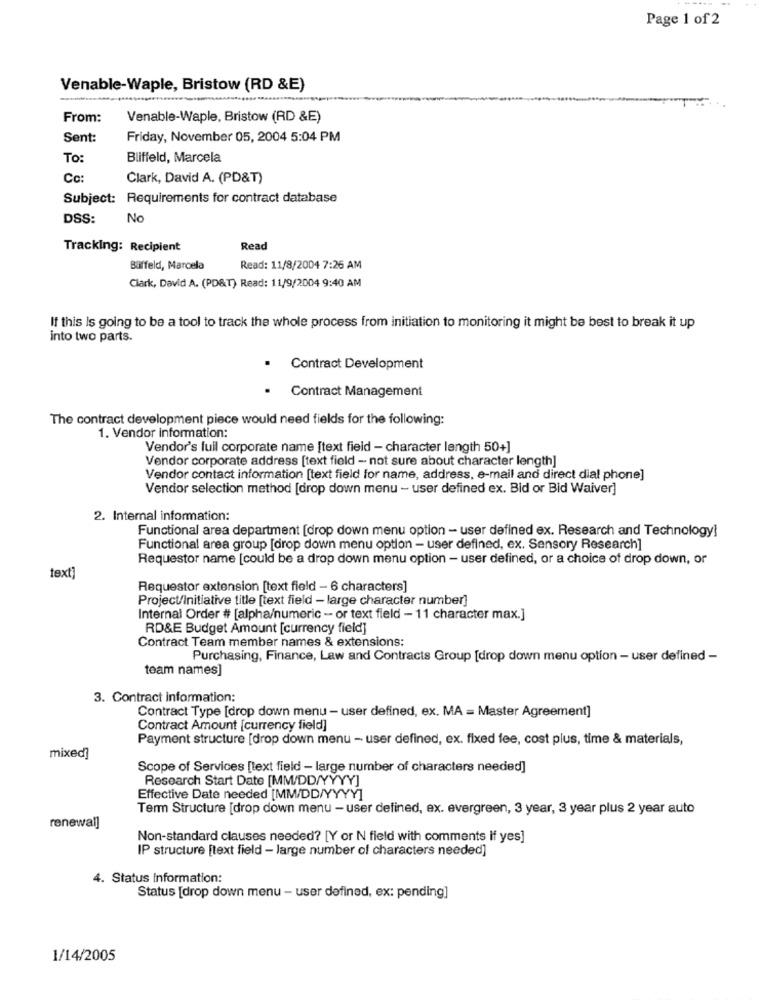
Page 1 of 2
Venable-Waple, Bristow (RD &E)
From:
Venable-Waple, Bristow (RD &E)
Sent:
Friday, November 05, 2004 5:04 PM
To:
Bliffeld, Marcela
Cc:
Clark, David A. (PD&T)
Subject: Requirements for contract database
DSS:
No
Tracking: Recipient
Read
Büffeld, Marcela
Read: 11/8/2004 7:26 AM
Clark, David A. (PD&T) Read: 11/9/2004 9:40 AM
If this is going to be a tool to track the whole process from initiation to monitoring it might be best to break it up
into two parts.
. Contract Development
.
Contract Management
The contract development piece would need fields for the following:
1. Vendor information:
Vendor's full corporate name [text field - character length 50+]
Vendor corporate address [text field - not sure about character length]
Vendor contact information [text field for name, address, e-mail and direct dial phone]
Vendor selection method [drop down menu - user defined ex. Bid or Bid Waiver]
2. Internal information:
Functional area department [drop down menu option - user defined ex. Research and Technology]
Functional area group [drop down menu option - user defined, ex. Sensory Research]
Requestor name [could be a drop down menu option - user defined, or a choice of drop down, or
text]
Requestor extension [text field - 6 characters]
Project/Initiative title [text field - large character number]
Internal Order # [alpha/numeric - or text field - 11 character max.]
RD&E Budget Amount [currency field]
Contract Team member names & extensions:
Purchasing, Finance, Law and Contracts Group [drop down menu option - user defined -
team names]
3. Contract information:
Contract Type [drop down menu - user defined, ex. MA = Master Agreement]
Contract Amount [currency field]
Payment structure [drop down menu - user defined, ex. fixed fee, cost plus, time & materials,
mixed]
Scope of Services [text field - large number of characters needed]
Research Start Date [MM/DD/YYYY]
Effective Date needed [MM/DD/YYYY]
Term Structure [drop down menu - user defined, ex. evergreen, 3 year, 3 year plus 2 year auto
renewal]
Non-standard clauses needed? [Y or N field with comments if yes]
IP structure [text field - large number of characters needed]
4. Status Information:
Status [drop down menu - user defined, ex: pending]
1/14/2005